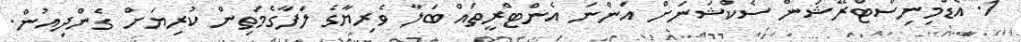
1. އެޑްމިނިސްޓްރޭޝަން ސެކްޝަނަށް އަންނަ އެންޓްރީތައް ބަލާ ވެރިޔާގެ ލަފާގެމަތިން ކުރިޔަށް ގެންދިއުން.